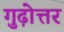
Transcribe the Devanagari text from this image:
गुढ़ोत्तर